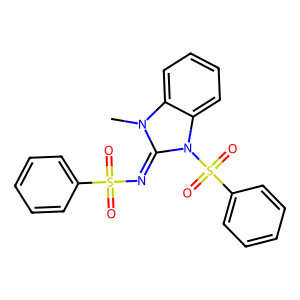
SMILES: Cn1c(=NS(=O)(=O)c2ccccc2)n(S(=O)(=O)c2ccccc2)c2ccccc21
Inhibits HIV replication: No